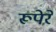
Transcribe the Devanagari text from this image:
रूपेरे